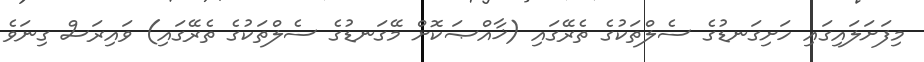
މިފަށަލައިގައި ހަށިގަނޑުގެ ސެލްތަކުގެ ތެރޭގައި (ޚާއްޞަކޮށް މޭގަނޑުގެ ސެލްތަކުގެ ތެރޭގައި) ވައިރަސް ގިނަވެ